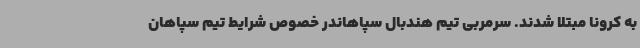
به کرونا مبتلا شدند. سرمربی تیم هندبال سپاهاندر خصوص شرایط تیم سپاهان